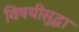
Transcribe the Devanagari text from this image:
विषयीसुद्धा